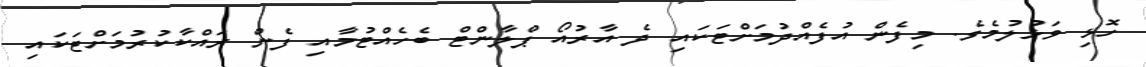
ހޮޅި ވަޅުލުމެވެ. މިފެން އުފެއްދުމަށްޓަކައި ދެ އާރުއޯ ޕްލާންޓް ބެހެއްޓުމާއި ފެން ރައްކާކުރުމަށްޓަކައި